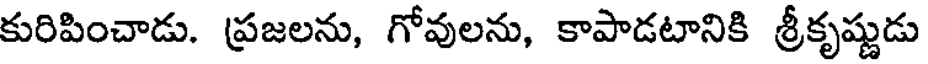
కురిపించాడు. ప్రజలను, గోవులను, కాపాడటానికి శ్రీకృష్ణుడు